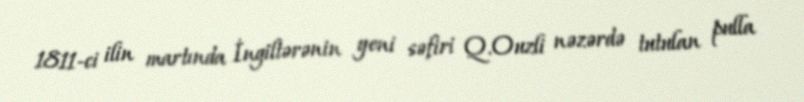
1811-ci ilin martında İngiltərənin yeni səfiri Q.Ouzli nəzərdə tutulan pulla